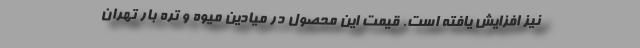
نیز افزایش یافته است. قیمت این محصول در میادین میوه و تره بار تهران